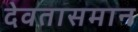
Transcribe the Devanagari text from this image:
देवतासमान